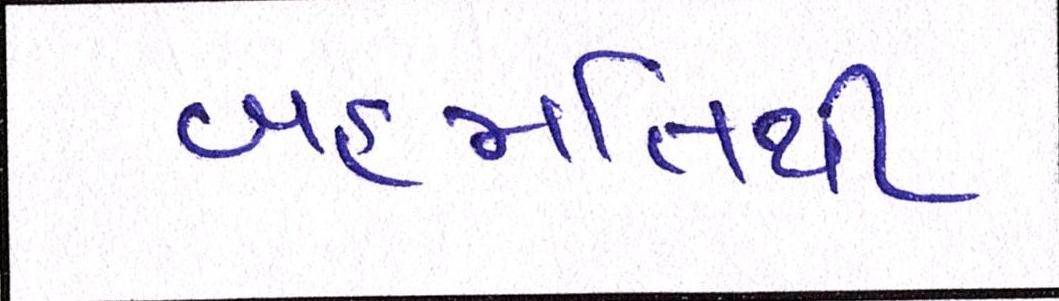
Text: બહમતિથી